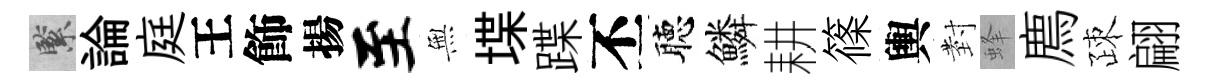
緊論庭王飾揚至𭴾堞蹀丕聴鱗耕篠輿𭔹蜂廌疎翩